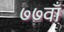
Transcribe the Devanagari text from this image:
७७वाँ